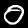
Digit: 0